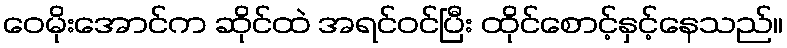
ဝေမိုးအောင်က ဆိုင်ထဲ အရင်ဝင်ပြီး ထိုင်စောင့်နှင့်နေသည်။